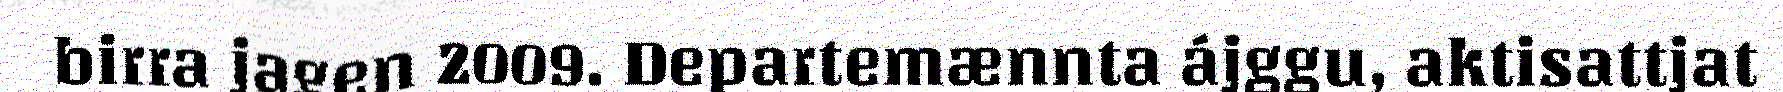
birra jagen 2009. Departemænnta ájggu, aktisattjat